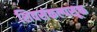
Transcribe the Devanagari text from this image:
शिवसंकल्पसूक्त